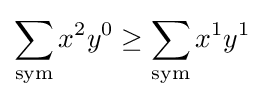
\sum _{\mathrm {sym} }x^{2}y^{0}\geq \sum _{\mathrm {sym} }x^{1}y^{1}